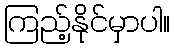
ကြည့်နိုင်မှာပါ။